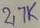
Text: 2,7k